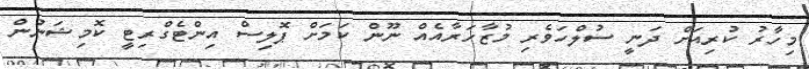
މިހާރު ކުރިއަށް ދަނީ ސުލްހަވެރި މުޒާހަރާއެއް ނޫން ކަމަށް ޕޮލިސް އިންޓެގްރިޓީ ކޮމިޝަނުން